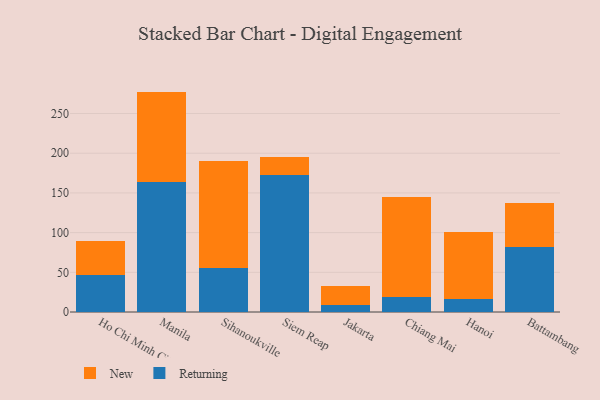
{"axis": {"x": "City", "y": "Shipments"}, "legend": ["New", "Returning"], "data": [{"x": "Ho Chi Minh City", "y": 46.6, "type": "Returning"}, {"x": "Ho Chi Minh City", "y": 43.4, "type": "New"}, {"x": "Manila", "y": 163.4, "type": "Returning"}, {"x": "Manila", "y": 114.2, "type": "New"}, {"x": "Sihanoukville", "y": 55.0, "type": "Returning"}, {"x": "Sihanoukville", "y": 135.1, "type": "New"}, {"x": "Siem Reap", "y": 172.4, "type": "Returning"}, {"x": "Siem Reap", "y": 22.4, "type": "New"}, {"x": "Jakarta", "y": 9.4, "type": "Returning"}, {"x": "Jakarta", "y": 23.1, "type": "New"}, {"x": "Chiang Mai", "y": 19.4, "type": "Returning"}, {"x": "Chiang Mai", "y": 125.5, "type": "New"}, {"x": "Hanoi", "y": 16.8, "type": "Returning"}, {"x": "Hanoi", "y": 84.0, "type": "New"}, {"x": "Battambang", "y": 82.1, "type": "Returning"}, {"x": "Battambang", "y": 55.3, "type": "New"}]}